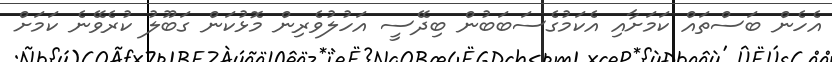
އެހެން ބަސްތައް ކަމަށާއި އެކަމުގެސަބަބުން ބިދޭސީ އަހުލުވެރިން މޮޅުކަން ގަބޫލު ކުރެވޭނެ ކަމަށް